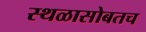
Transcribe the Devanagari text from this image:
स्थळासोबतच